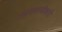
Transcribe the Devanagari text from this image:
अपराधस्वीकारी